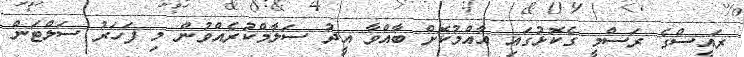
ރައީސްގެ ރަސްމީ ގެކޮޅުގައި އާއްމުކޮށް ބާއްވާ އީދު ސަލާމްކުރެއްވުން މި ފަހަރު ސަލްޓަން